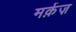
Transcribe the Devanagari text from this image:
मर्क़ज़